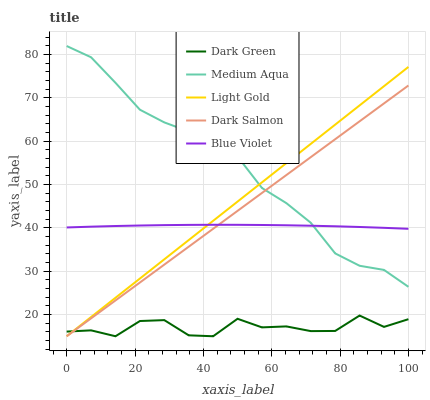
| xaxis_label | Dark Green | Medium Aqua | Light Gold | Dark Salmon | Blue Violet |
 | --- | --- | --- | --- | --- | --- |
 | 0 | 16.1 | 81.9 | 15 | 15 | 40.1 |
 | 7.14 | 16.4 | 79.3 | 19.4 | 19.1 | 40.3 |
 | 14.3 | 15 | 73.5 | 23.9 | 23.3 | 40.4 |
 | 21.4 | 18.5 | 67.3 | 28.3 | 27.4 | 40.5 |
 | 28.6 | 18.7 | 64.3 | 32.7 | 31.5 | 40.6 |
 | 35.7 | 15.2 | 62.2 | 37.2 | 35.7 | 40.7 |
 | 42.9 | 15 | 59.2 | 41.6 | 39.8 | 40.7 |
 | 50 | 19 | 56.4 | 46.1 | 43.9 | 40.7 |
 | 57.1 | 17 | 49.2 | 50.5 | 48.1 | 40.7 |
 | 64.3 | 17.3 | 45.7 | 54.9 | 52.2 | 40.6 |
 | 71.4 | 16.2 | 41.2 | 59.4 | 56.3 | 40.5 |
 | 78.6 | 16.2 | 34.1 | 63.8 | 60.4 | 40.4 |
 | 85.7 | 19.8 | 31.3 | 68.2 | 64.6 | 40.2 |
 | 92.9 | 17.2 | 30.3 | 72.7 | 68.7 | 40 |
 | 100 | 18.9 | 26.4 | 77.1 | 72.8 | 39.8 |